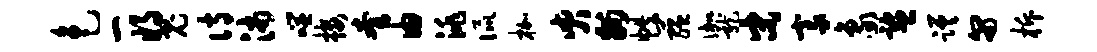
色一将鬼诗沛噬楼套由洮侃枷臾州帙蕴伽龙宋豪象监蹉匍柝